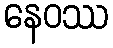
နေဝဿ